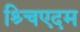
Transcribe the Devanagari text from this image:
श्र्चिएदम